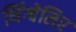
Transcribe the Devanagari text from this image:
थिंग्वेलिर